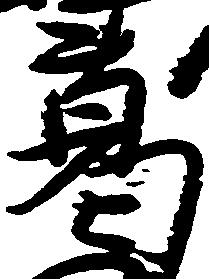
葛